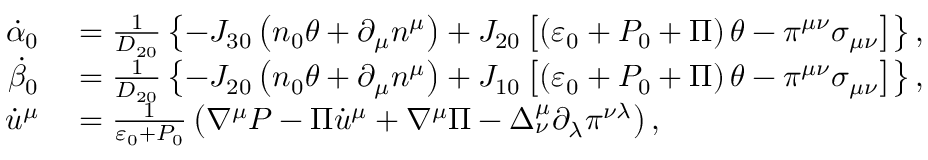
\begin{array} { r l } { \dot { \alpha } _ { 0 } } & { { } = \frac { 1 } { D _ { 2 0 } } \left\{ - J _ { 3 0 } \left( n _ { 0 } \theta + \partial _ { \mu } n ^ { \mu } \right) + J _ { 2 0 } \left[ \left( \varepsilon _ { 0 } + P _ { 0 } + \Pi \right) \theta - \pi ^ { \mu \nu } \sigma _ { \mu \nu } \right] \right\} , } \\ { \dot { \beta } _ { 0 } } & { { } = \frac { 1 } { D _ { 2 0 } } \left\{ - J _ { 2 0 } \left( n _ { 0 } \theta + \partial _ { \mu } n ^ { \mu } \right) + J _ { 1 0 } \left[ \left( \varepsilon _ { 0 } + P _ { 0 } + \Pi \right) \theta - \pi ^ { \mu \nu } \sigma _ { \mu \nu } \right] \right\} , } \\ { \dot { u } ^ { \mu } } & { { } = \frac { 1 } { \varepsilon _ { 0 } + P _ { 0 } } \left( \nabla ^ { \mu } P - \Pi \dot { u } ^ { \mu } + \nabla ^ { \mu } \Pi - \Delta _ { \nu } ^ { \mu } \partial _ { \lambda } \pi ^ { \nu \lambda } \right) , } \end{array}